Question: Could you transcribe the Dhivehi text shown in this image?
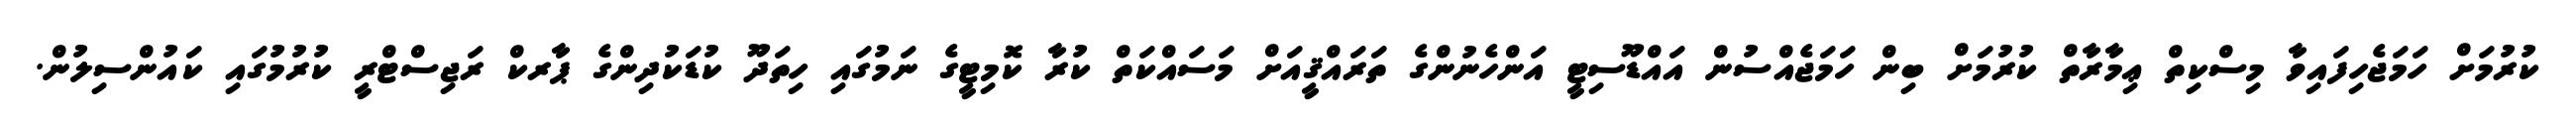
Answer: ކުރުމަށް ހަމަޖެހިފައިވާ މިސްކިތް ޢިމާރާތް ކުރުމަށް ބިން ހަމަޖެއްސުން އައްޑޫސިޓީ އަންހެނުންގެ ތަރައްޤީއަށް މަސައްކަތް ކުރާ ކޮމިޓީގެ ނަމުގައި ހިތަދޫ ކުޑަކުދިންގެ ޕާރކް ރަޖިސްޓްރީ ކުރުމުގައި ކައުންސިލުން.